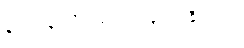
နာ လွန်းလို့လမ်းမလျှောက်နိုင်ဘူး။